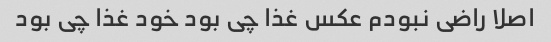
اصلا راضی نبودم عکس غذا چی بود خود غذا چی بود